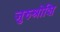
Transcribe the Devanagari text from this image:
जुरुश्रोशि